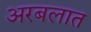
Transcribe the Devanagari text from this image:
अरबलात